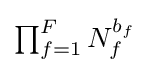
\textstyle \prod _{f=1}^{F}N_{f}^{b_{f}}